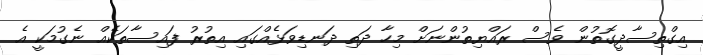
އިގްތިސާދީގޮތުން ވެސް ރައްޔިތުންނަށް މިހާ ދަތި ދަނޑިވަޅެއްގައި އިތުރު ފައިސާތަކެއް ނެގުމަކީ އެ